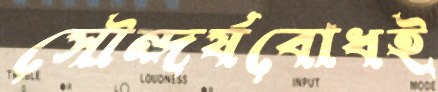
সৌন্দর্যবোধই